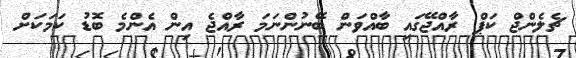
ޗެލެންޖް ކަޕް ރާއްޖޭގައި ބާއްވަން ބޭނުންނަމަ ރާއްޖެ އިން އެންމެ ބޮޑު ކަމަކަށް